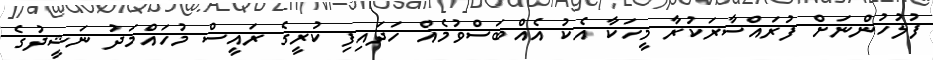
ފުލުހުންނަށް ފުރައްސާރަކުރާ މީހަކާ އެކު އެއްބަސްވުމެއް ހަދައިފި ކުރީގެ ރައީސް މުހައްމަދު ނަޝީދުގެ